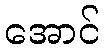
အောင်